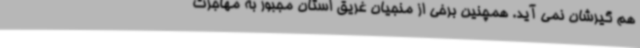
هم گیرشان نمی آید. همچنین برخی از منجیان غریق استان مجبور به مهاجرت